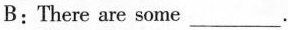
B: There are some___.